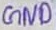
Text: GND